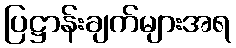
ပြဋ္ဌာန်းချက်များအရ